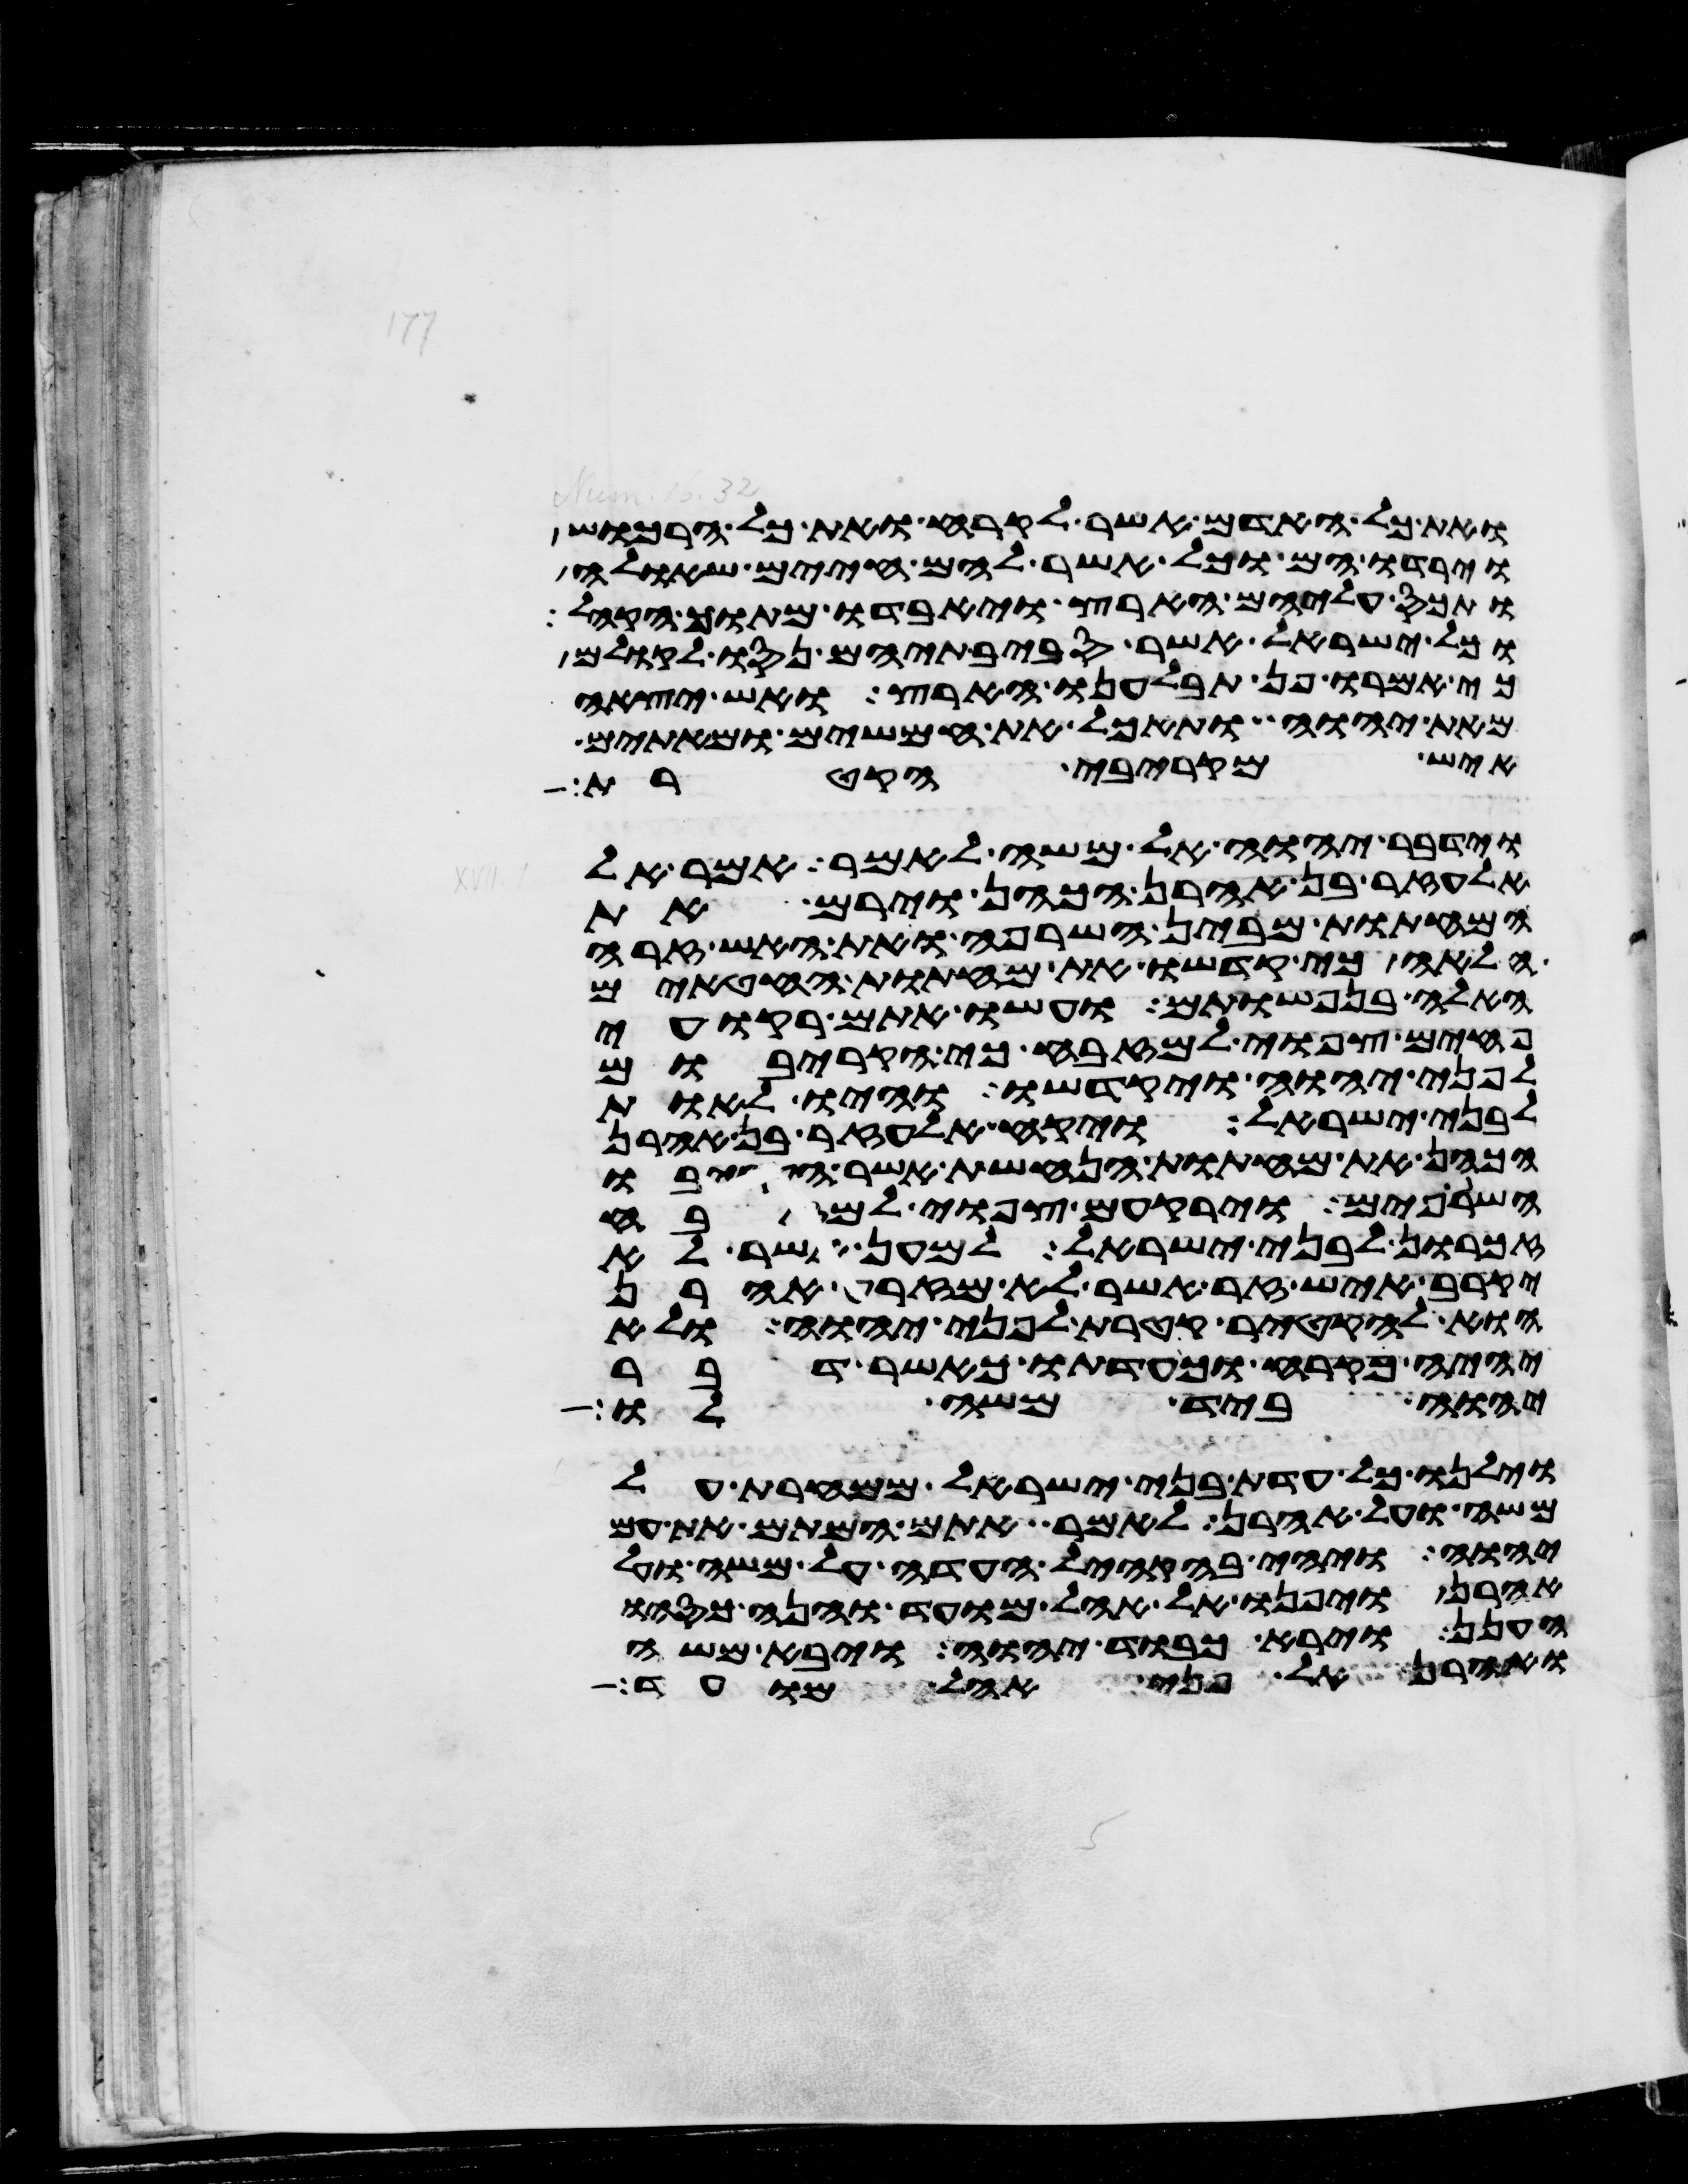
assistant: ואת כל האדם אשר לקרח ואת כל הרכוש
וירדו הם וכל אשר להם חיים שאלה
ותכס עליהם הארץ ויאבדו מתוך הקהל
וכל ישראל אשר סביבתיהם נסו לקולם
כי אמרו פן תבלענו הארץ ואש יצאה
מאת יהוה ותאכל את חמשים ומאתים
איש מקרבי הקטרת
וידבר יהוה אל משה לאמר אמר אל
אלעזר בן אהרן הכהן וירם את
המחתות מבין השרפה ואת האש זרה
הלאה כי קדשו את מחתות החטאים
האלה בנפשותם ועשו אתם רקועי
פחים צפואי למזבח כי הקריבום
לפני יהוה ויקדשו והיו לאות
לבני ישראל ויקח אלעזר בן אהרן
הכהן את מחתות הנחשת אשר הקריבו
השרופים וירקעום צפואי למזבח
זכרון לבני ישראל למען אשר לא
יקרב איש זר אשר לא מזרע אהרן
הוא להקטיר קטרת לפני יהוה ולא
יהיה כקרח וכעדתו כאשר דבר
יהוה ביד משה לו
וילנו כל עדת בני ישראל ממחרת על
משה ועל אהרן לאמר אתם המתם את עם
יהוה ויהי בהקהל העדה על משה ועל
אהרן ויפנו אל אהל מועד והנה כסהו
הענן ויראה כבוד יהוה ויבא משה
ואהרן אל פני אהל מועד